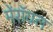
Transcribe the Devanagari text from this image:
मेंरॉयल